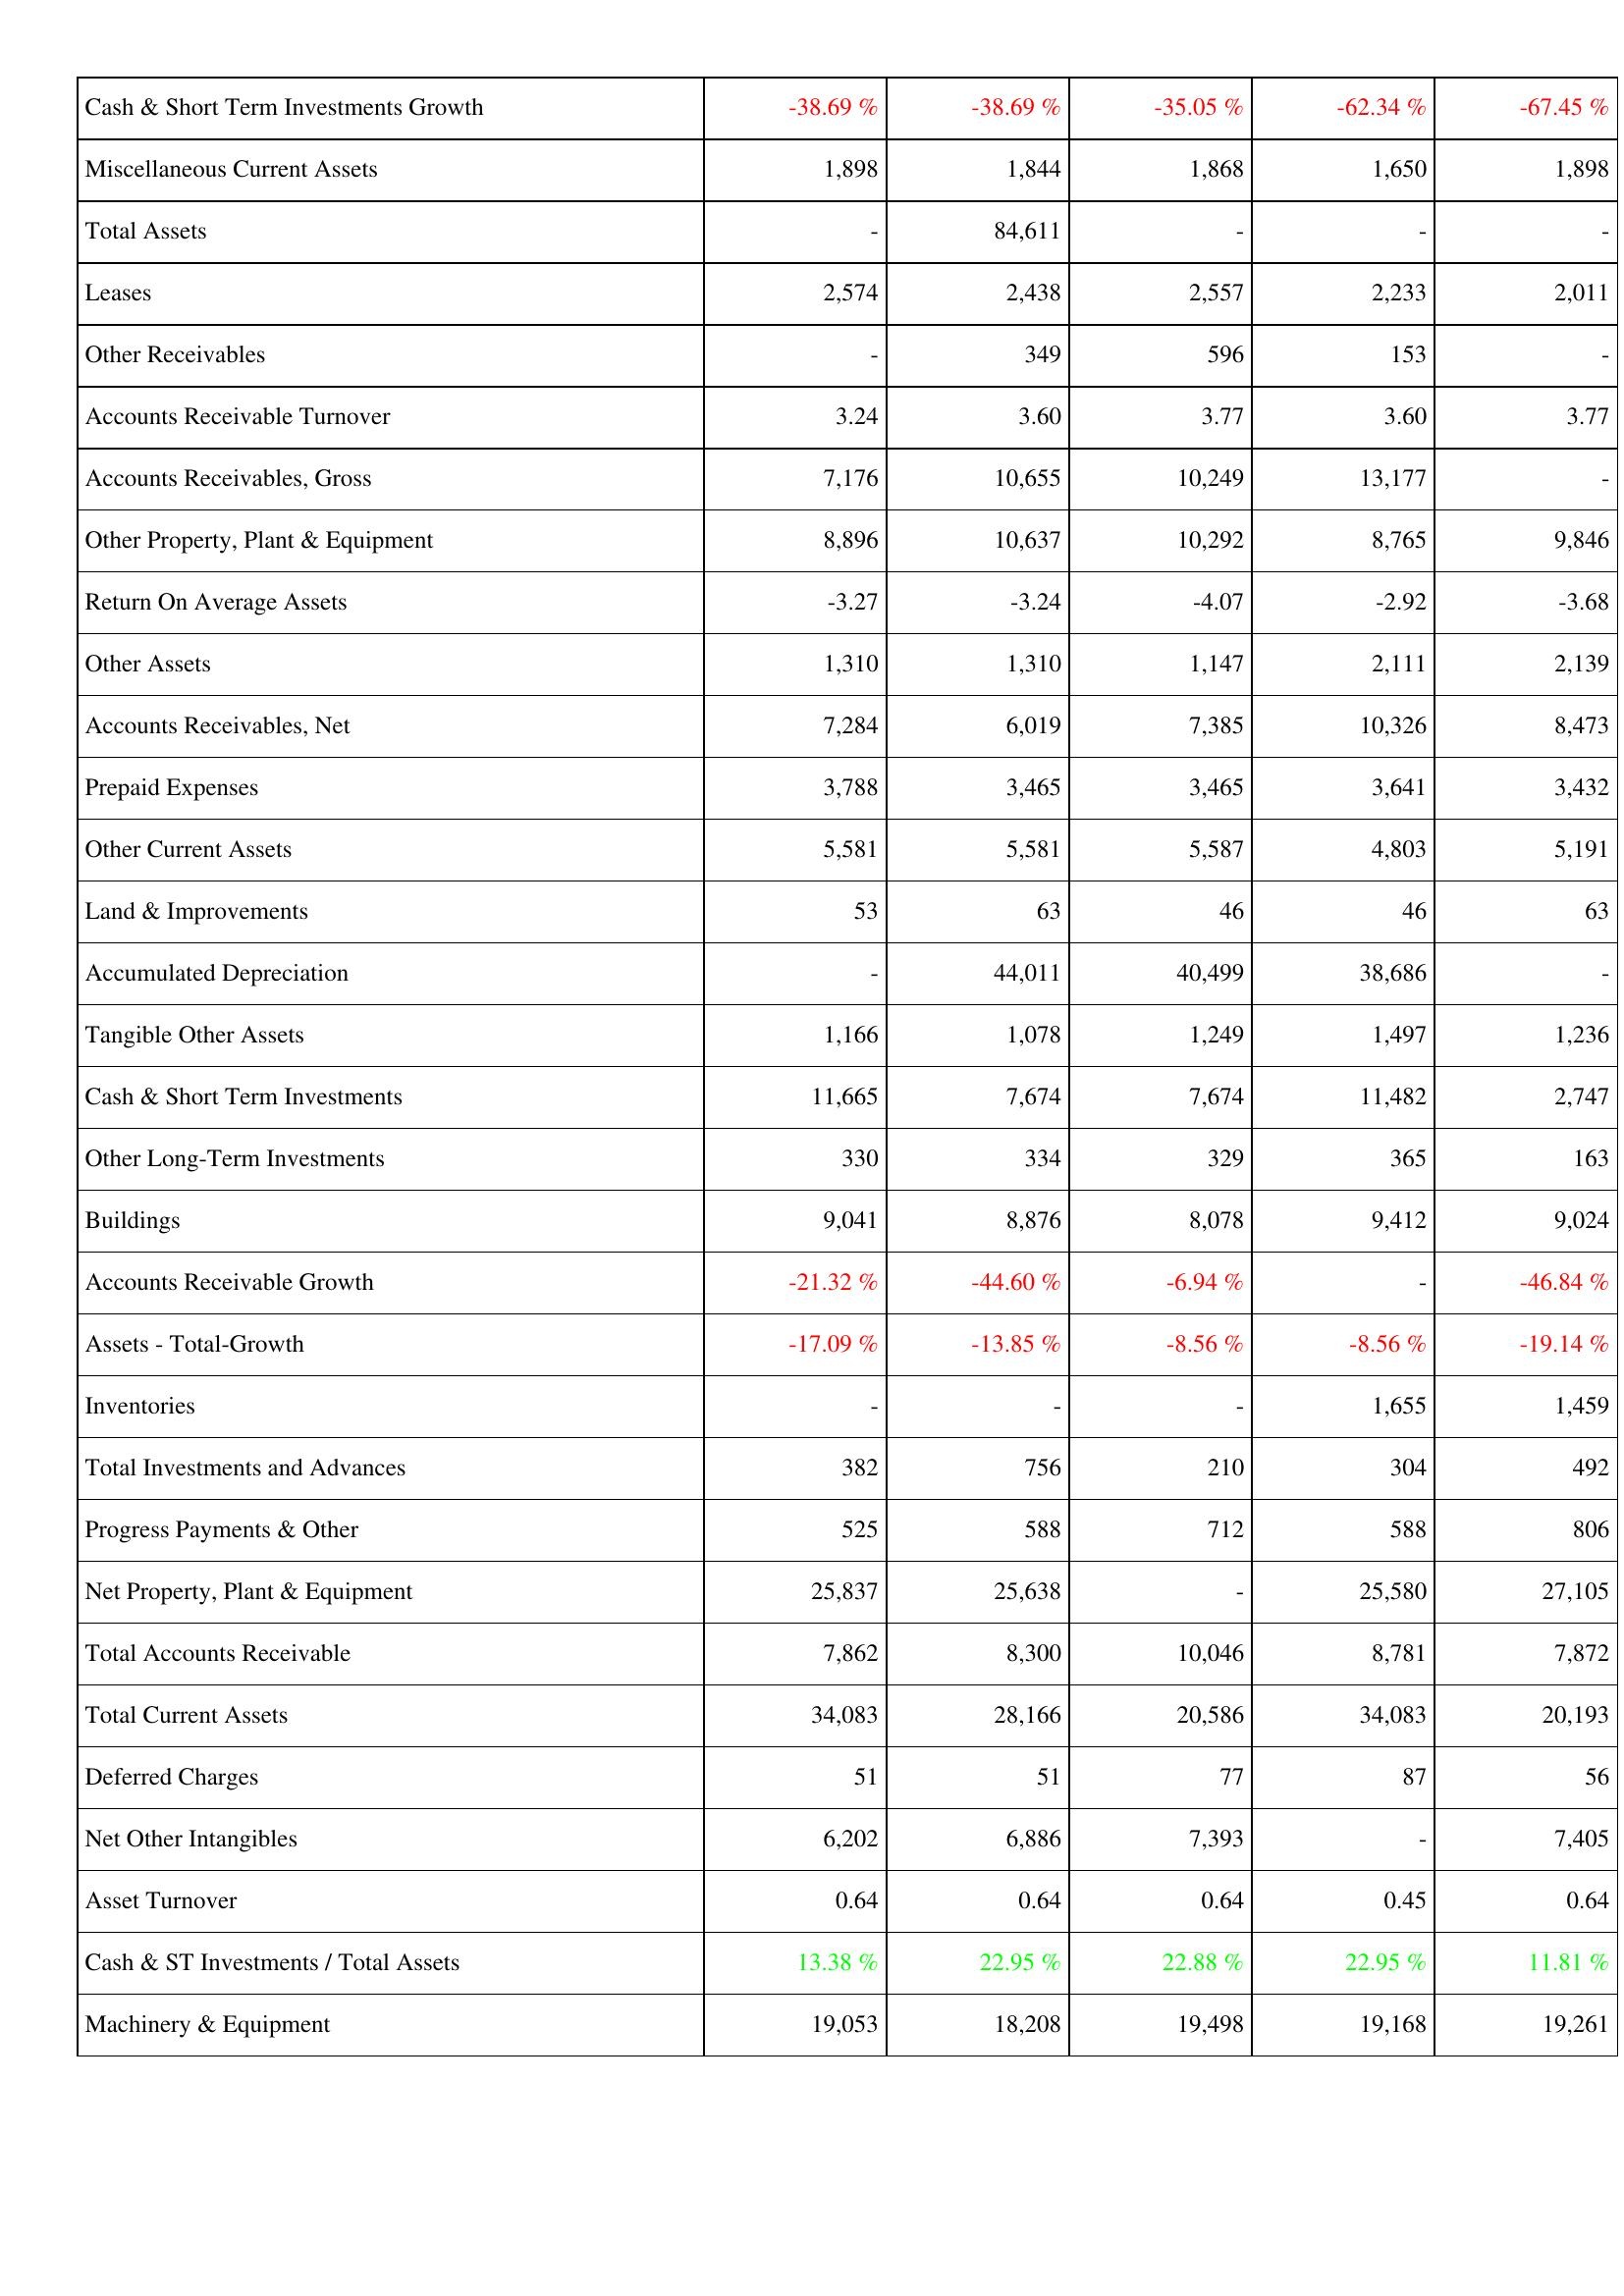
2017: Assets: Cash & Short Term Investments Growth: -38.69 %
Miscellaneous Current Assets: 1,898
Total Assets: -
Leases: 2,574
Other Receivables: -
Accounts Receivable Turnover: 3.24
Accounts Receivables, Gross: 7,176
Other Property, Plant & Equipment: 8,896
Return On Average Assets: -3.27
Other Assets: 1,310
Accounts Receivables, Net: 7,284
Prepaid Expenses: 3,788
Other Current Assets: 5,581
Land & Improvements: 53
Accumulated Depreciation: -
Tangible Other Assets: 1,166
Cash & Short Term Investments: 11,665
Other Long-Term Investments: 330
Buildings: 9,041
Accounts Receivable Growth: -21.32 %
Assets - Total-Growth: -17.09 %
Inventories: -
Total Investments and Advances: 382
Progress Payments & Other: 525
Net Property, Plant & Equipment: 25,837
Total Accounts Receivable: 7,862
Total Current Assets: 34,083
Deferred Charges: 51
Net Other Intangibles: 6,202
Asset Turnover: 0.64
Cash & ST Investments / Total Assets: 13.38 %
Machinery & Equipment: 19,053
2016: Assets: Cash & Short Term Investments Growth: -38.69 %
Miscellaneous Current Assets: 1,844
Total Assets: 84,611
Leases: 2,438
Other Receivables: 349
Accounts Receivable Turnover: 3.60
Accounts Receivables, Gross: 10,655
Other Property, Plant & Equipment: 10,637
Return On Average Assets: -3.24
Other Assets: 1,310
Accounts Receivables, Net: 6,019
Prepaid Expenses: 3,465
Other Current Assets: 5,581
Land & Improvements: 63
Accumulated Depreciation: 44,011
Tangible Other Assets: 1,078
Cash & Short Term Investments: 7,674
Other Long-Term Investments: 334
Buildings: 8,876
Accounts Receivable Growth: -44.60 %
Assets - Total-Growth: -13.85 %
Inventories: -
Total Investments and Advances: 756
Progress Payments & Other: 588
Net Property, Plant & Equipment: 25,638
Total Accounts Receivable: 8,300
Total Current Assets: 28,166
Deferred Charges: 51
Net Other Intangibles: 6,886
Asset Turnover: 0.64
Cash & ST Investments / Total Assets: 22.95 %
Machinery & Equipment: 18,208
2015: Assets: Cash & Short Term Investments Growth: -35.05 %
Miscellaneous Current Assets: 1,868
Total Assets: -
Leases: 2,557
Other Receivables: 596
Accounts Receivable Turnover: 3.77
Accounts Receivables, Gross: 10,249
Other Property, Plant & Equipment: 10,292
Return On Average Assets: -4.07
Other Assets: 1,147
Accounts Receivables, Net: 7,385
Prepaid Expenses: 3,465
Other Current Assets: 5,587
Land & Improvements: 46
Accumulated Depreciation: 40,499
Tangible Other Assets: 1,249
Cash & Short Term Investments: 7,674
Other Long-Term Investments: 329
Buildings: 8,078
Accounts Receivable Growth: -6.94 %
Assets - Total-Growth: -8.56 %
Inventories: -
Total Investments and Advances: 210
Progress Payments & Other: 712
Net Property, Plant & Equipment: -
Total Accounts Receivable: 10,046
Total Current Assets: 20,586
Deferred Charges: 77
Net Other Intangibles: 7,393
Asset Turnover: 0.64
Cash & ST Investments / Total Assets: 22.88 %
Machinery & Equipment: 19,498
2014: Assets: Cash & Short Term Investments Growth: -62.34 %
Miscellaneous Current Assets: 1,650
Total Assets: -
Leases: 2,233
Other Receivables: 153
Accounts Receivable Turnover: 3.60
Accounts Receivables, Gross: 13,177
Other Property, Plant & Equipment: 8,765
Return On Average Assets: -2.92
Other Assets: 2,111
Accounts Receivables, Net: 10,326
Prepaid Expenses: 3,641
Other Current Assets: 4,803
Land & Improvements: 46
Accumulated Depreciation: 38,686
Tangible Other Assets: 1,497
Cash & Short Term Investments: 11,482
Other Long-Term Investments: 365
Buildings: 9,412
Accounts Receivable Growth: -
Assets - Total-Growth: -8.56 %
Inventories: 1,655
Total Investments and Advances: 304
Progress Payments & Other: 588
Net Property, Plant & Equipment: 25,580
Total Accounts Receivable: 8,781
Total Current Assets: 34,083
Deferred Charges: 87
Net Other Intangibles: -
Asset Turnover: 0.45
Cash & ST Investments / Total Assets: 22.95 %
Machinery & Equipment: 19,168
2013: Assets: Cash & Short Term Investments Growth: -67.45 %
Miscellaneous Current Assets: 1,898
Total Assets: -
Leases: 2,011
Other Receivables: -
Accounts Receivable Turnover: 3.77
Accounts Receivables, Gross: -
Other Property, Plant & Equipment: 9,846
Return On Average Assets: -3.68
Other Assets: 2,139
Accounts Receivables, Net: 8,473
Prepaid Expenses: 3,432
Other Current Assets: 5,191
Land & Improvements: 63
Accumulated Depreciation: -
Tangible Other Assets: 1,236
Cash & Short Term Investments: 2,747
Other Long-Term Investments: 163
Buildings: 9,024
Accounts Receivable Growth: -46.84 %
Assets - Total-Growth: -19.14 %
Inventories: 1,459
Total Investments and Advances: 492
Progress Payments & Other: 806
Net Property, Plant & Equipment: 27,105
Total Accounts Receivable: 7,872
Total Current Assets: 20,193
Deferred Charges: 56
Net Other Intangibles: 7,405
Asset Turnover: 0.64
Cash & ST Investments / Total Assets: 11.81 %
Machinery & Equipment: 19,261